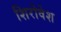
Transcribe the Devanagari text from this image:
शिरोवेश